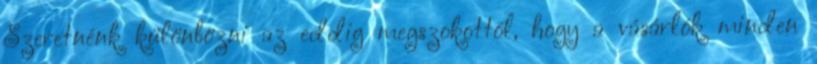
Szeretnénk különbözni az eddig megszokottól, hogy a vásárlók minden